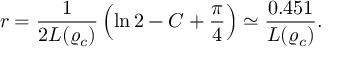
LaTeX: r = \frac { 1 } { 2 L ( \varrho _ { c } ) } \left( \ln 2 - C + \frac { \pi } { 4 } \right) \simeq \frac { 0 . 4 5 1 } { L ( \varrho _ { c } ) } .